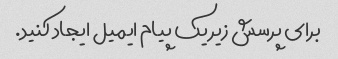
برای پرسش زیر یک پیام ایمیل ایجاد کنید.